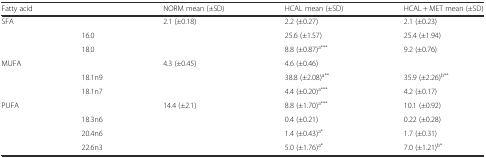
<table><thead><tr><td colspan="2"><b>Fatty acid</b></td><td><b>NORM mean (±SD)</b></td><td><b>HCAL mean (±SD)</b></td><td><b>HCAL + MET mean (±SD)</b></td></tr></thead><tbody><tr><td rowspan="3">SFA</td><td>[EMPTY_CELL]</td><td>2.1 (±0.18)</td><td>2.2 (±0.27)</td><td>2.1 (±0.23)</td></tr><tr><td>16.0</td><td>[EMPTY_CELL]</td><td>25.6 (±1.57)</td><td>25.4 (±1.94)</td></tr><tr><td>18.0</td><td>[EMPTY_CELL]</td><td>8.8 (±0.87)<sup>a***</sup></td><td>9.2 (±0.76)</td></tr><tr><td rowspan="3">MUFA</td><td>[EMPTY_CELL]</td><td>4.3 (±0.45)</td><td>4.6 (±0.46)</td><td>[EMPTY_CELL]</td></tr><tr><td>18.1n9</td><td>[EMPTY_CELL]</td><td>38.8 (±2.08)<sup>a**</sup></td><td>35.9 (±2.26)<sup>b**</sup></td></tr><tr><td>18.1n7</td><td>[EMPTY_CELL]</td><td>4.4 (±0.20)<sup>a***</sup></td><td>4.2 (±0.17)</td></tr><tr><td rowspan="4">PUFA</td><td>[EMPTY_CELL]</td><td>14.4 (±2.1)</td><td>8.8 (±1.70)<sup>a***</sup></td><td>10.1 (±0.92)</td></tr><tr><td>18.3n6</td><td>[EMPTY_CELL]</td><td>0.4 (±0.21)</td><td>0.22 (±0.28)</td></tr><tr><td>20.4n6</td><td>[EMPTY_CELL]</td><td>1.4 (±0.43)<sup>a*</sup></td><td>1.7 (±0.31)</td></tr><tr><td>22.6n3</td><td>[EMPTY_CELL]</td><td>5.0 (±1.76)<sup>a*</sup></td><td>7.0 (±1.21)<sup>b*</sup></td></tr></tbody></table>